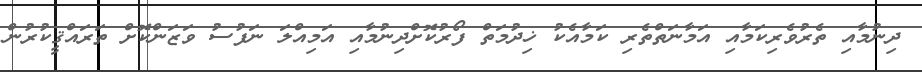
ދިނުމާއި ތެރުވެރިކަމާއި އަމާނަތްތެރި ކަމާއެކު ޚިދުމަތް ފޯރުކޮށްދިނުމާއި އަމިއްލަ ނަފުސު ވަޒަންކޮށް ތަރައްޤީކުރުން